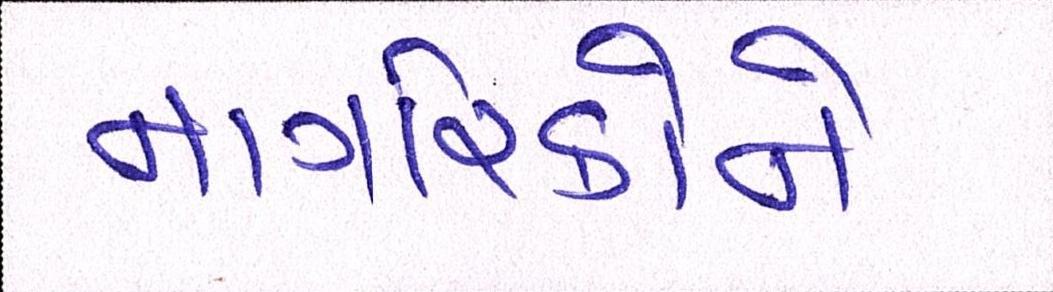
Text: નાગરિકોને